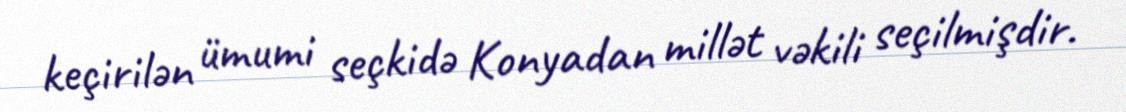
keçirilən ümumi seçkidə Konyadan millət vəkili seçilmişdir.